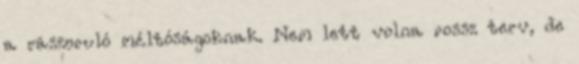
a rászoruló méltóságoknak. Nem lett volna rossz terv, de